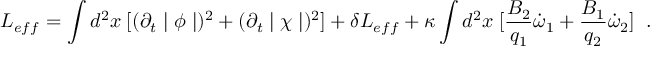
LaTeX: L _ { e f f } = \int d ^ { 2 } x \; [ ( \partial _ { t } \mid \phi \mid ) ^ { 2 } + ( \partial _ { t } \mid \chi \mid ) ^ { 2 } ] + \delta L _ { e f f } + \kappa \int d ^ { 2 } x \; [ \frac { B _ { 2 } } { q _ { 1 } } \dot { \omega } _ { 1 } + \frac { B _ { 1 } } { q _ { 2 } } \dot { \omega } _ { 2 } ] \; \; .